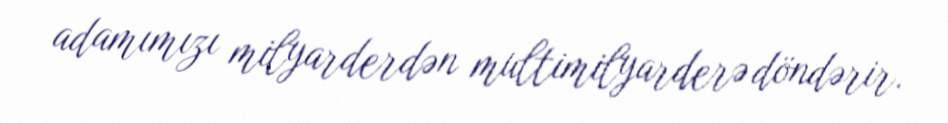
adamımızı milyarderdən multimilyarderə döndərir.